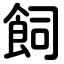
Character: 飼